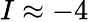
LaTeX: I\approx-4